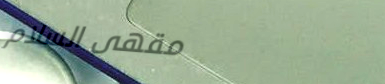
مقهى السلام